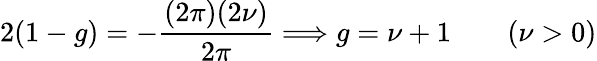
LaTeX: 2(1-g)=-\frac{(2\pi)(2\nu)}{2\pi}\Longrightarrow g=\nu+1\qquad(\nu>0)